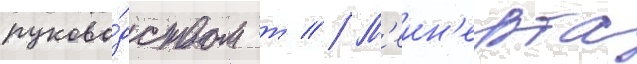
руково́дством т // М'еин'ерта